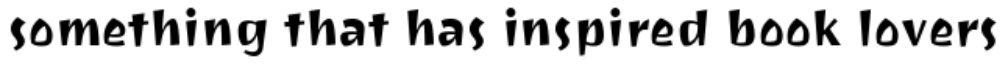
something that has inspired book lovers